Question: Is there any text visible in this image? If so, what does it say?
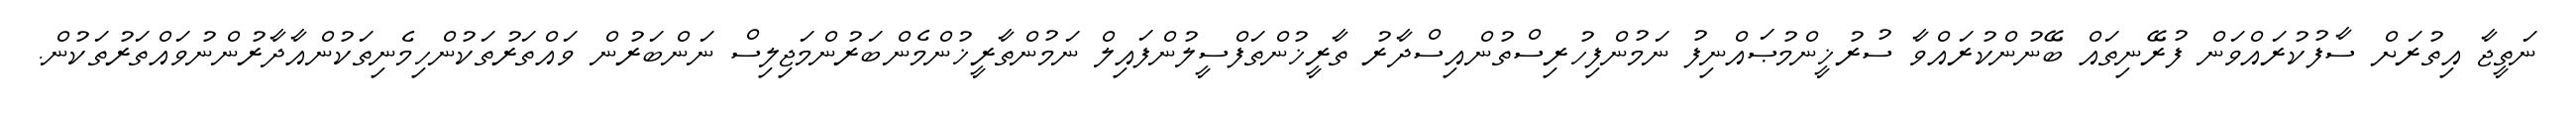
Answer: ނަތީޖާ އިތުރަށް ސާފުކުރައްވަން ފުރޭނިތައް ބޭނުންކުރައްވާ ސުރުޚީންމުޞައްނިފު ނަމުންފިހުރިސްތުންއިސްދާރު ތާރީޚުންތަފްސީލުންފައިލް ނަމުންތާރީޚުންމެންބަރުންމަޖިލިސް ނަންބަރުން ވައްތަރުތަކުންހިމެނިތަކުންއާދާރުންނުވައްތަރުތަކުން.